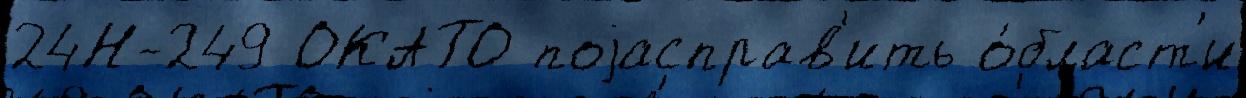
24Н-249 ОКАТО поjасправ'ить о́бласт'и